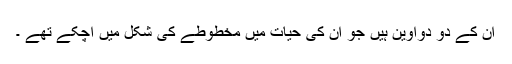
ان کے دو دواوین ہیں جو ان کی حیات میں مخطوطے کی شکل میں آچکے تھے ۔